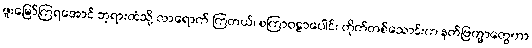
ဖူးမြော်ကြရအောင် ဘုရားထံသို့ လာရောက် ကြတယ်၊ စကြာဝဠာပေါင်း တိုက်တစ်သောင်းက နတ်ဗြဟ္မာတွေဟာ